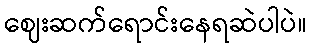
ဈေးဆက်ရောင်းနေရဆဲပါပဲ။